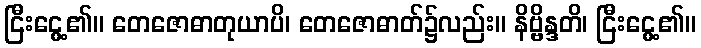
ငြီးငွေ့၏။ တေဇောဓာတုယာပိ၊ တေဇောဓာတ်၌လည်း။ နိဗ္ဗိန္ဒတိ၊ ငြီးငွေ့၏။